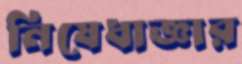
নিষেধাজ্ঞার